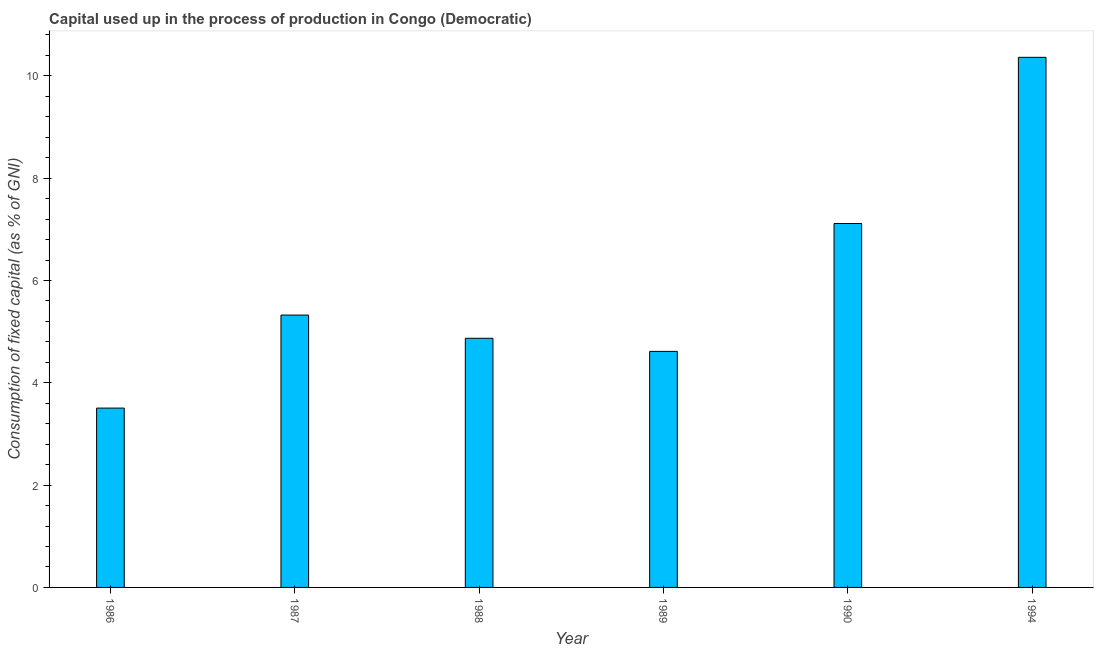
| Year | Consumption of fixed capital |
 | --- | --- |
 | 1986 | 3.51 |
 | 1987 | 5.32 |
 | 1988 | 4.87 |
 | 1989 | 4.61 |
 | 1990 | 7.11 |
 | 1994 | 10.4 |